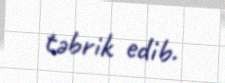
təbrik edib.